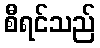
စီရင်သည်